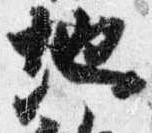
地